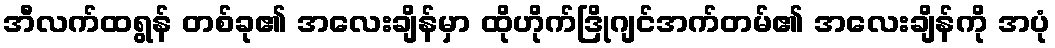
အီလက်ထရွန် တစ်ခု၏ အလေးချိန်မှာ ထိုဟိုက်ဒြိုဂျင်အက်တမ်၏ အလေးချိန်ကို အပုံ